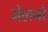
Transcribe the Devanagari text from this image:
मेलनो